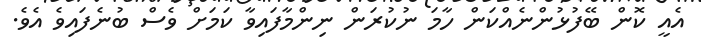
އެއީ ކޮން ބޭފުޅުންނެއްކަން ހާމަ ނުކުރަން ނިންމާފައިވާ ކަމަށް ވެސް ބުނެފައިވެ އެވެ.